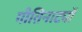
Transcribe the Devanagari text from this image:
गीतिनाट्यों